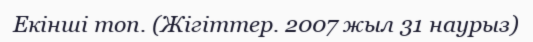
Екінші топ. (Жігіттер. 2007 жыл 31 наурыз)